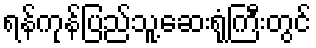
ရန်ကုန်ပြည်သူ့ဆေးရုံကြီးတွင်